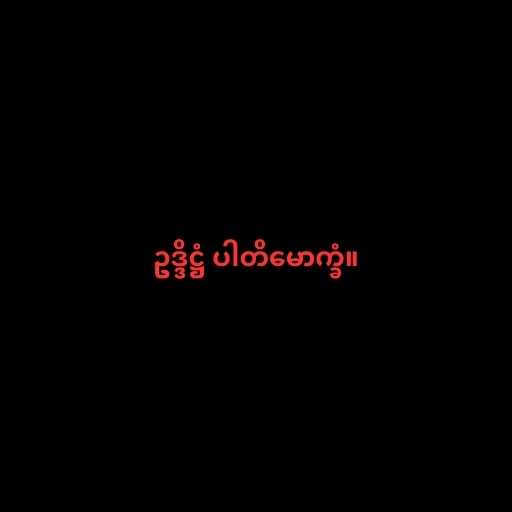
ဥဒ္ဒိဋ္ဌံ ပါတိမောက္ခံ။